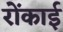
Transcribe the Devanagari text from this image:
रोंकाई